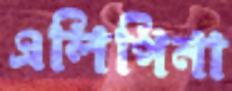
এলিপিনা